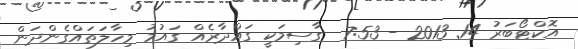
އޮކްޓޯބަރު 14